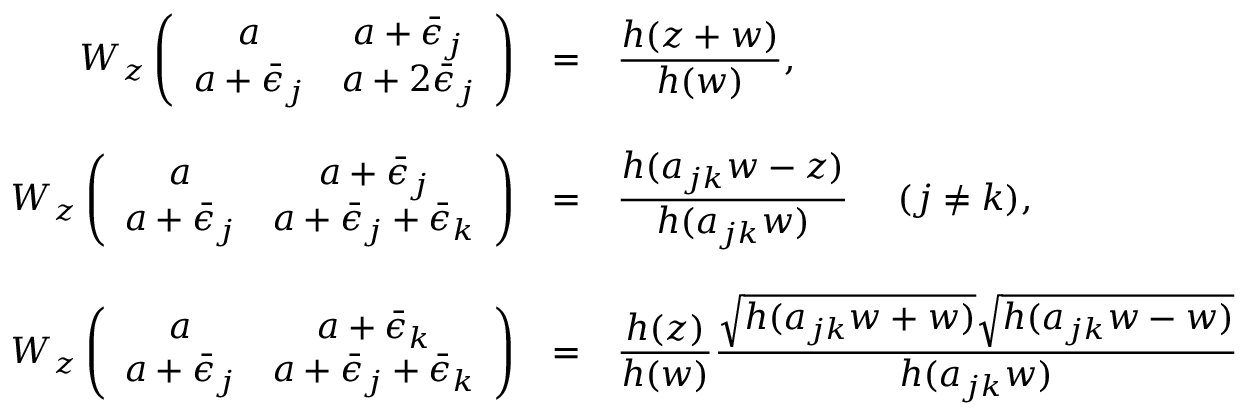
\begin{array} { r c l } { { W _ { z } \left( \begin{array} { c c } { { a } } & { { a + \bar { \epsilon } _ { j } } } \\ { { a + \bar { \epsilon } _ { j } } } & { { a + 2 \bar { \epsilon } _ { j } } } \end{array} \right) } } & { { = } } & { { \displaystyle \frac { h ( z + w ) } { h ( w ) } , } } \\ { { { } ~ } } & { { ~ } } & { { ~ } } \\ { { W _ { z } \left( \begin{array} { c c } { { a } } & { { a + \bar { \epsilon } _ { j } } } \\ { { a + \bar { \epsilon } _ { j } } } & { { a + \bar { \epsilon } _ { j } + \bar { \epsilon } _ { k } } } \end{array} \right) } } & { { = } } & { { \displaystyle \frac { h ( a _ { j k } w - z ) } { h ( a _ { j k } w ) } ~ ~ ~ ~ ( j \neq k ) , } } \\ { { { } ~ } } & { { ~ } } & { { ~ } } \\ { { W _ { z } \left( \begin{array} { c c } { { a } } & { { a + \bar { \epsilon } _ { k } } } \\ { { a + \bar { \epsilon } _ { j } } } & { { a + \bar { \epsilon } _ { j } + \bar { \epsilon } _ { k } } } \end{array} \right) } } & { { = } } & { { \displaystyle \frac { h ( z ) } { h ( w ) } \frac { \sqrt { h ( a _ { j k } w + w ) } \sqrt { h ( a _ { j k } w - w ) } } { h ( a _ { j k } w ) } ~ ~ ~ ~ ( j \neq k ) . } } \end{array}